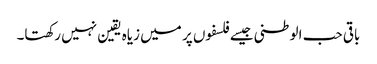
باقی حب الوطنی جیسے فلسفوں پر میں زیاہ یقین نہیں رکھتا۔